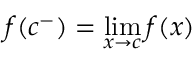
f ( c ^ { - } ) = \operatorname* { l i m } _ { x \to c } f ( x )